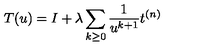
T ( u ) = I + \lambda \sum _ { k \geq 0 } \frac { 1 } { u ^ { k + 1 } } t ^ { ( n ) }